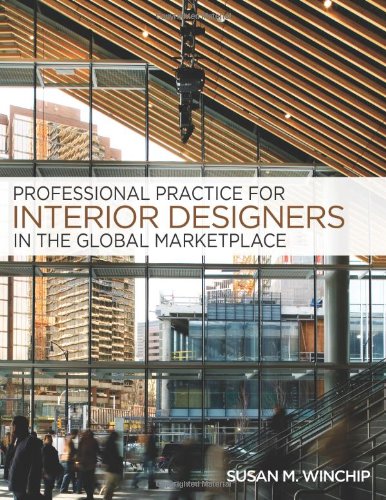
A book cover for Professional Practice for Interior Design in the Global Marketplace; Susan M. Winchip; Arts & Photography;